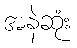
အနဲဆုံး